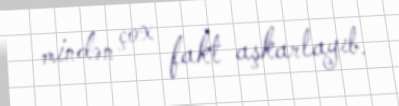
mindən çox fakt aşkarlayıb.